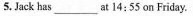
5. Jack has___at 14:55 on Friday.